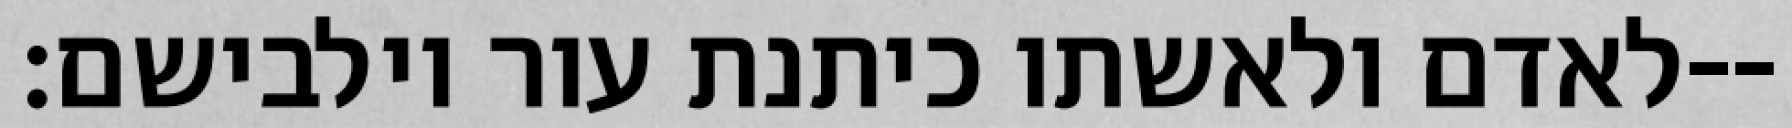
לאדם ולאשתו כיתנת עור וילבישם׃--